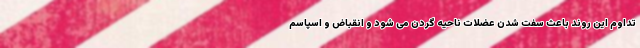
تداوم این روند باعث سفت شدن عضلات ناحیه گردن می شود و انقباض و اسپاسم